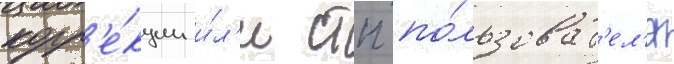
корр'е́кции и́л'и стп по́льзоват'ел'я